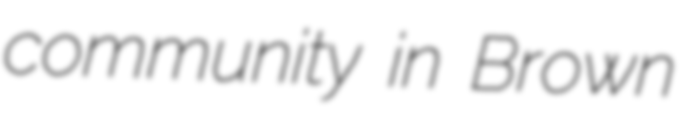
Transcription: community in Brown